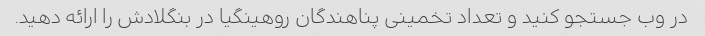
در وب جستجو کنید و تعداد تخمینی پناهندگان روهینگیا در بنگلادش را ارائه دهید.